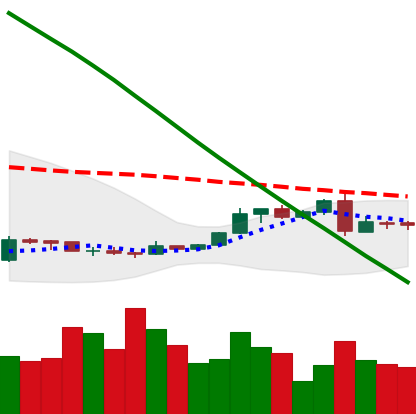
Ticker: XLM-USD
Chart end date: 2019-02-27
Forward return: -3.081%
Label: down_3_5